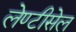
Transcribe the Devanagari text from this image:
लेण्टीसेल